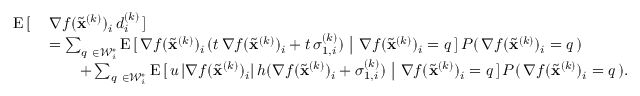
\begin{array} { r l } { \mathrm { E } \, [ \, } & { \nabla f ( \widetilde \mathbf { x } ^ { ( k ) } ) _ { i } \, d _ { i } ^ { ( k ) } \, ] } \\ & { = \sum _ { q \ \in { \mathcal { W } } _ { i } ^ { \ast } } \mathrm { E } \, [ \, \nabla f ( \widetilde \mathbf { x } ^ { ( k ) } ) _ { i } \, ( t \, \nabla f ( \widetilde \mathbf { x } ^ { ( k ) } ) _ { i } + t \, \sigma _ { 1 , i } ^ { ( k ) } ) \ \big \vert \ \nabla f ( \widetilde \mathbf { x } ^ { ( k ) } ) _ { i } = q \, ] \, P ( \, \nabla f ( \widetilde \mathbf { x } ^ { ( k ) } ) _ { i } = q \, ) } \\ & { \quad \quad + \sum _ { q \ \in { \mathcal { W } } _ { i } ^ { \ast } } \mathrm { E } \, [ \, u \, \vert \nabla f ( \widetilde \mathbf { x } ^ { ( k ) } ) _ { i } \vert \, h ( \nabla f ( \widetilde \mathbf { x } ^ { ( k ) } ) _ { i } + \sigma _ { 1 , i } ^ { ( k ) } ) \ \big \vert \ \nabla f ( \widetilde \mathbf { x } ^ { ( k ) } ) _ { i } = q \, ] \, P ( \, \nabla f ( \widetilde \mathbf { x } ^ { ( k ) } ) _ { i } = q \, ) . } \end{array}